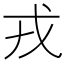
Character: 戎